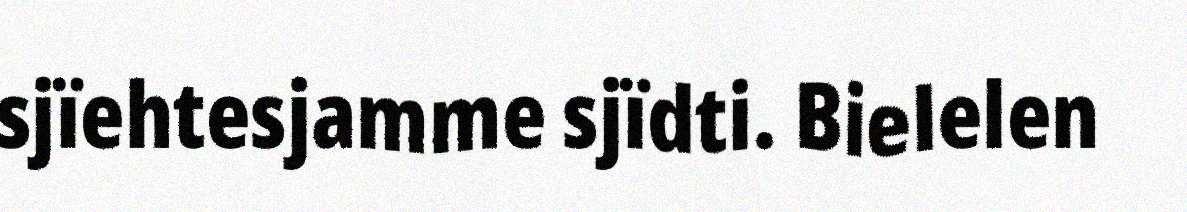
sjïehtesjamme sjïdti. Bielelen